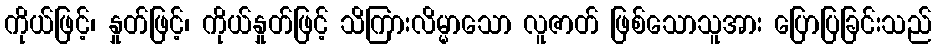
ကိုယ်ဖြင့်၊ နှုတ်ဖြင့်၊ ကိုယ်နှုတ်ဖြင့် သိကြားလိမ္မာသော လူဇာတ် ဖြစ်သောသူအား ပြောပြခြင်းသည်